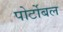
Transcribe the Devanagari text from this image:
पोर्टोबल